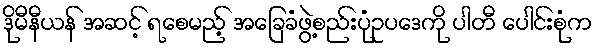
ဒိုမီနီယန် အဆင့် ရစေမည့် အခြေခံဖွဲ့စည်းပုံဥပဒေကို ပါတီ ပေါင်းစုံက